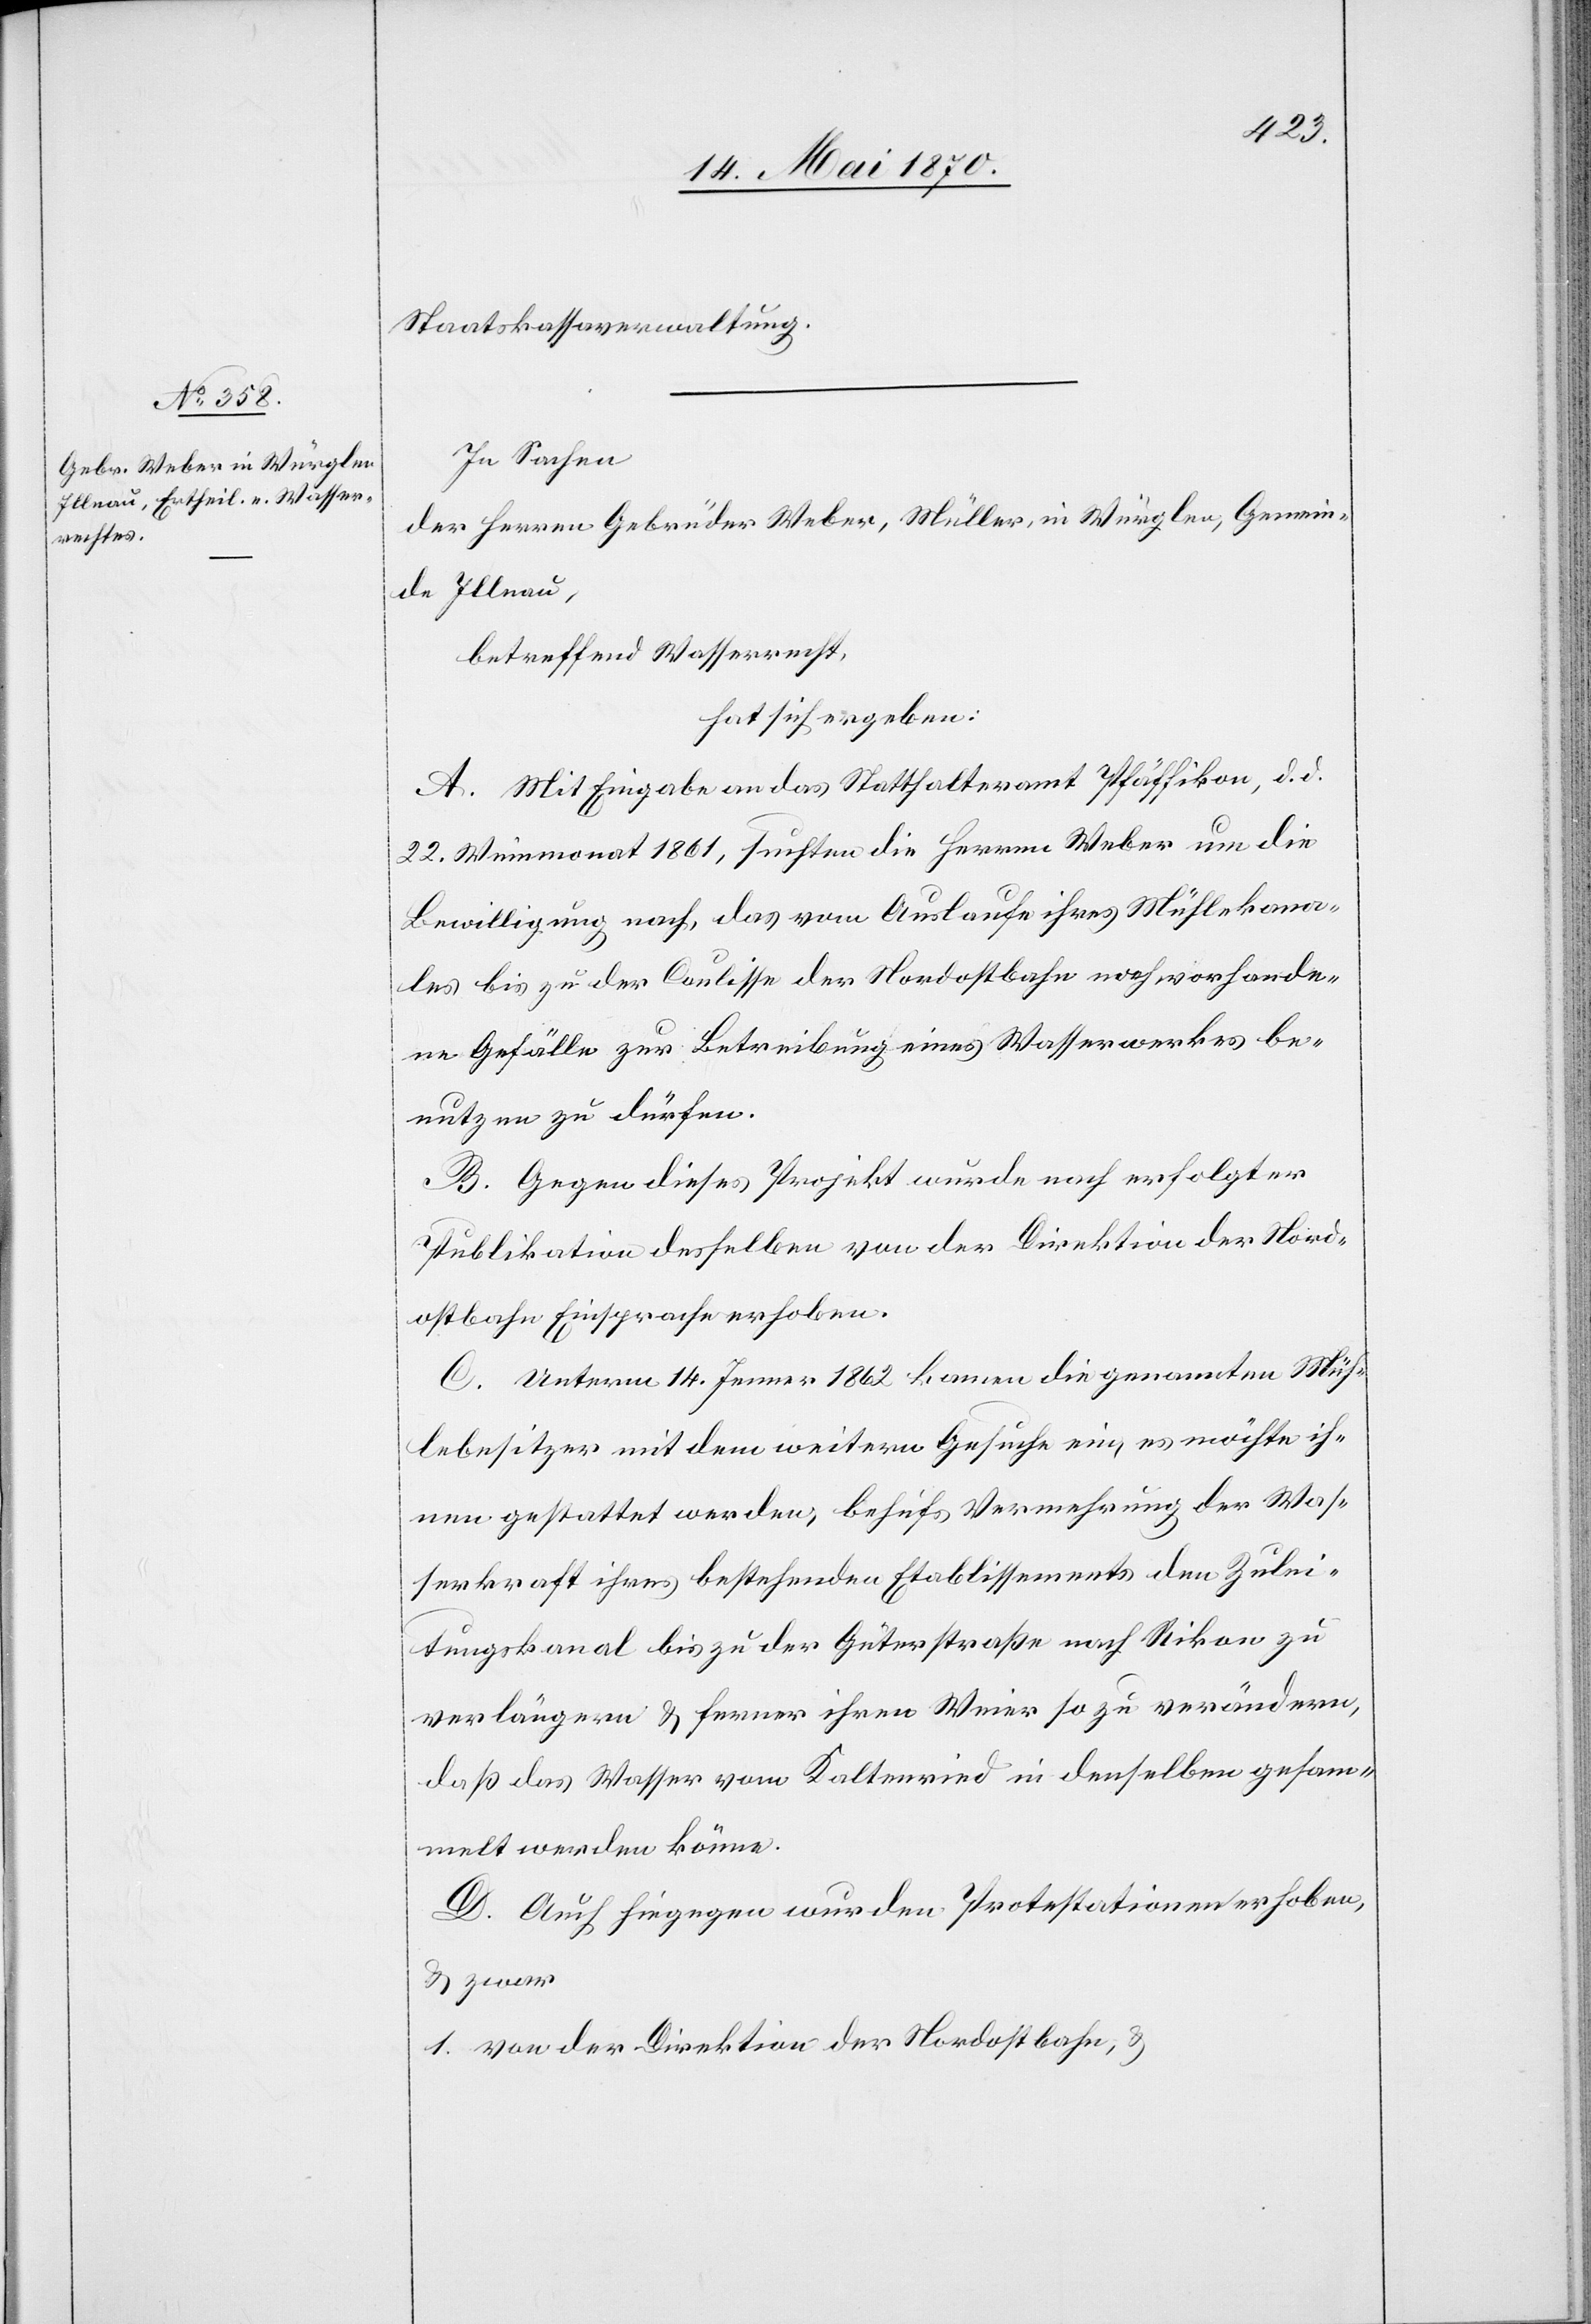
Staatskassaverwaltung.
In Sachen
der Herren Gebrüder Weber, Müller, in Würglen, Gemein¬
de Illnau,
betreffend Wasserrecht,
hat sich ergeben:
A. Mit Eingabe an das Statthalteramt Pfäffikon, d. d.
22. Weinmonat 1861, suchten die Herren Weber um die
Bewilligung nach, das vom Auslaufe ihres Mühlekana¬
les bis zu der Coulisse der Nordostbahn noch vorhande¬
ne Gefälle zur Betreibung eines Wasserwerkes be¬
nutzen zu dürfen.
B. Gegen dieses Projekt wurde nach erfolgter
Publikation desselben von der Direktion der Nord¬
ostbahn Einspreche erhoben.
C. Unterm 14. Jenner 1862 kamen die genannten Müh¬
lebesitzer mit dem weitern Gesuche ein, es möchte ih¬
nen gestattet werden, behufs Vermehrung der Was¬
serkraft ihres bestehenden Etablissements den Zulei¬
tungskanal bis zu der Güterstraße nach Rikon zu
verlängern & ferner ihren Weier so zu verändern,
daß das Wasser vom Kaltenried in denselben [si¬
melt werden könne.
D. Auch hiegegen wurden Protestationen erhoben,
& zwar
1. Von der Direktion der Nordostbahn, &